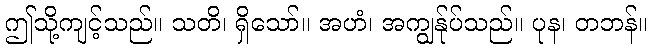
ဤသို့ကျင့်သည်။ သတိ၊ ရှိသော်။ အဟံ၊ အကျွန်ုပ်သည်။ ပုန၊ တဘန်။